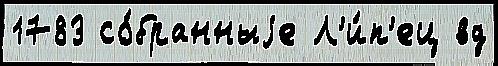
1783 со́бранныjе Л'и́п'ец вд